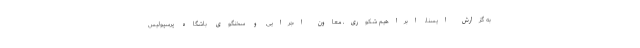
به گزارش ایسنا، ابراهیم شکوری، معاون اجرایی و سخنگوی باشگاه پرسپولیس